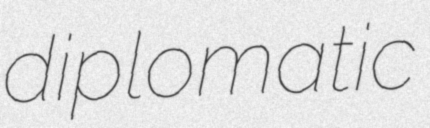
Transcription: diplomatic